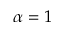
\alpha = 1